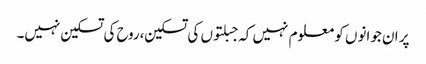
پر ان جوانوں کو معلوم نہیں کہ جبلتوں کی تسکین،روح کی تسکین نہیں۔